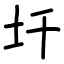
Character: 圲